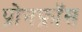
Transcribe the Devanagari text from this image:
प्रोनफ्रॉस